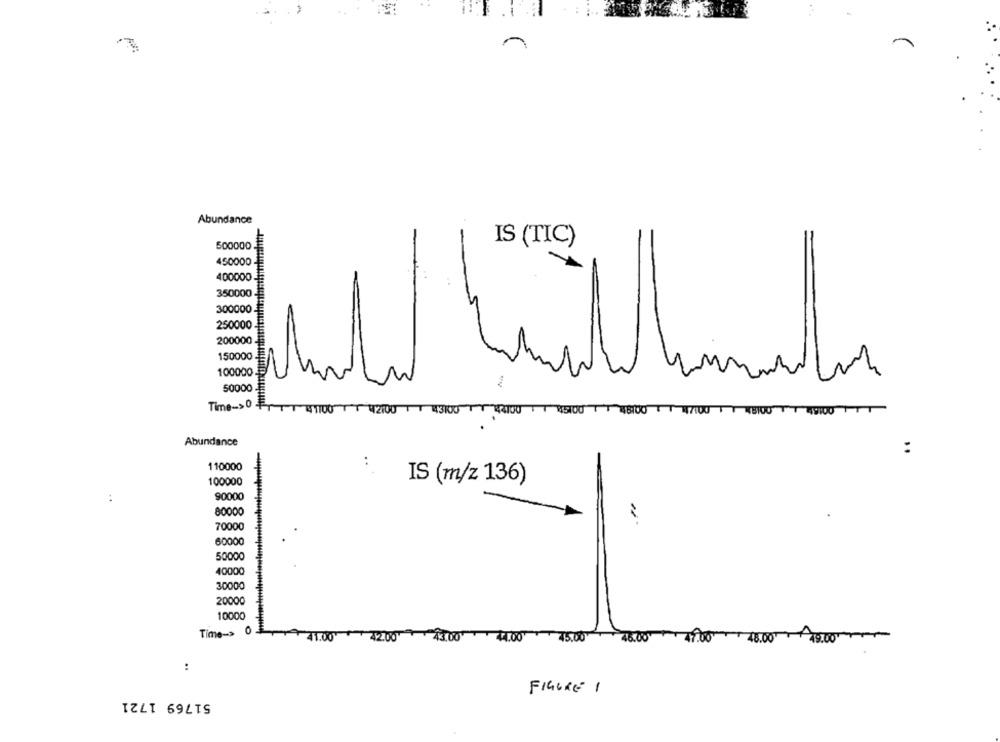
Abundance
500000
IS (TIC)
450000
400000
350000
300000
250000
200000
150000
Nº
100000
50000
Time->0 41100421001 43/05 /2010095:0048100 4/1004310043100
Abundance
:
110000
-
100000
IS (m/z 136)
90000
:
80000
70000
60000
50000
40000
30000
20000
10000
Time->
21.00
40043.00 14.00 45.00
46.00
48.00 49.00
:
FIGURE 1
51769 1721